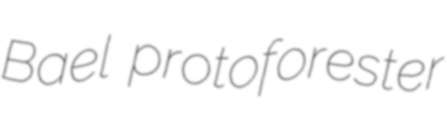
Bael protoforester